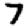
Digit: 7